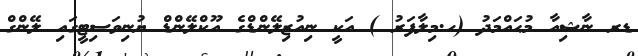
ޑރ ނާޝިއާ މުޙައްމަދު (ހ.މިލާފަރު ) އަކީ ނިއުޒިލޭންޑްގެ އޫކްލޭންޑް ޔުނިވަސިޓީގައި ލޭންގް